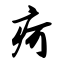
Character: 疴